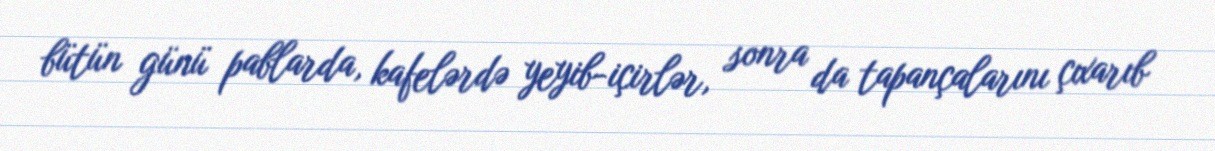
bütün günü pablarda, kafelərdə yeyib-içirlər, sonra da tapançalarını çıxarıb